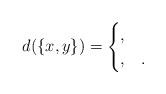
LaTeX: \begin{align*}d(\{x,y\})=\begin{cases},&\\,&.\end{cases}\end{align*}